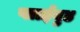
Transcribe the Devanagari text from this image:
प्लाईबुड